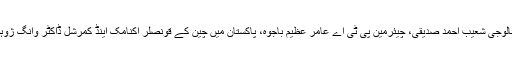
اس حوالے سے تقریب جمعرات کو زونگ ہیڈ آفس میں منعقد کی گئی جس میں سیکرٹری انفارمیشن ٹیکنالوجی شعیب احمد صدیقی، چیئرمین پی ٹی اے عامر عظیم باجوہ، پاکستان میں چین کے قونصلر اکنامک اینڈ کمرشل ڈاکٹر وانگ ژوہوا کے علاوہ مختلف سرکاری اداروں، ٹیلی کام انڈسٹری اور کارپوریٹ سیکٹر کے حکام نے شرکت کی۔